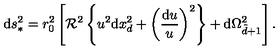
\mathrm { d } s _ { * } ^ { 2 } = r _ { 0 } ^ { 2 } \left[ \mathcal { R } ^ { 2 } \left\{ u ^ { 2 } \mathrm { d } x _ { d } ^ { 2 } + \left( { \frac { \mathrm { d } u } { u } } \right) ^ { 2 } \right\} + \mathrm { d } \Omega _ { \tilde { d } + 1 } ^ { 2 } \right] .